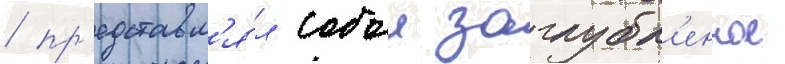
/ пр'едставл'я́л собои заглубл'енное